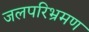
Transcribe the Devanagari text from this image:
जलपरिभ्रमण